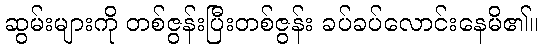
ဆွမ်းများကို တစ်ဇွန်းပြီးတစ်ဇွန်း ခပ်ခပ်လောင်းနေမိ၏။